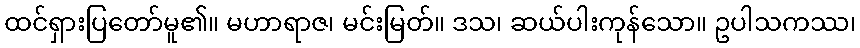
ထင်ရှားပြတော်မူ၏။ မဟာရာဇ၊ မင်းမြတ်။ ဒသ၊ ဆယ်ပါးကုန်သော။ ဥပါသကဿ၊